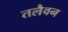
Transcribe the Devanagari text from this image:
तलैवन